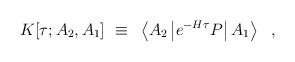
LaTeX: \begin{align*}K[\tau;A_2,A_1]~\equiv~ \left< A_2\left| e^{-H\tau} P \right| A_1 \right>~~,\end{align*}